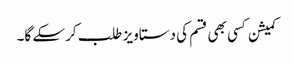
کمیشن کسی بھی قسم کی دستاویز طلب کرسکے گا۔